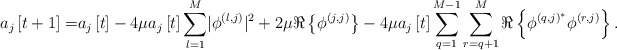
\begin{align*} a_j\left[t+1\right]=&a_j\left[t\right]-4\mu a_j\left[t\right]\sum_{l=1}^{M}\lvert\phi^{\left(l,j\right)}\rvert^2+2\mu\Re\left\{\phi^{\left(j,j\right)}\right\}-4\mu a_j\left[t\right]\sum_{q=1}^{M-1}\sum_{r=q+1}^{M}\Re\left\{\phi^{\left(q,j\right)^*}\phi^{\left(r,j\right)}\right\}.\end{align*}